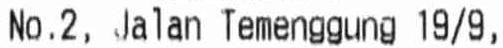
NO.2, JALAN TEMENGGUNG 19/9,